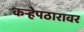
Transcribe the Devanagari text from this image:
कऱ्हेपठारावर